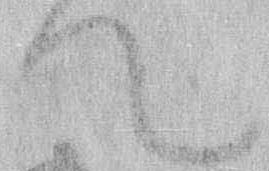
て